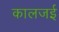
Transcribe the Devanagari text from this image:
कालजई